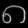
Digit: ၈